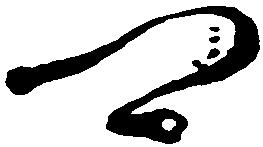
可